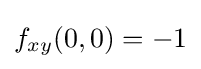
f_{xy}(0,0)=-1